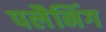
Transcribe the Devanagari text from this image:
पलैनिंग